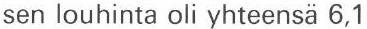
sen louhinta oli yhteensä 6,1